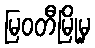
မြဝတီမြို့မှ